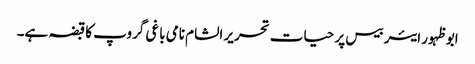
ابو ظہور ایئر بیس پر حیات تحریر الشام نامی باغی گروپ کا قبضہ ہے۔